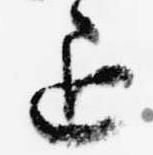
退